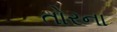
તોરના